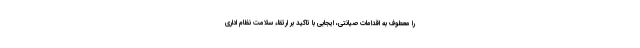
را معطوف به اقدامات صیانتی، ایجابی با تاکید بر ارتقاء سلامت نظام اداری